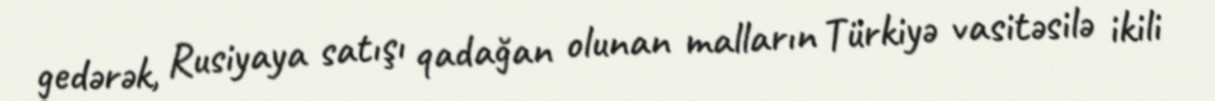
gedərək, Rusiyaya satışı qadağan olunan malların Türkiyə vasitəsilə ikili